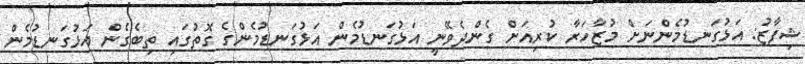
ޝިފާޒު: އަޅުގަނޑުމެންނަށް މުޒާހަރާ ކުރިއަށް ގެންދެވޭނީ އަޅުގަނޑުމެން އަޅުގަނޑުމެންގެ ގޮތުގައި ތިބެގެން އަޅުގަނޑުމެން